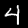
Digit: 4